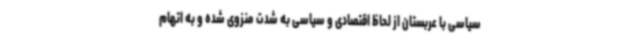
سیاسی با عربستان از لحاظ اقتصادی و سیاسی به شدت منزوی شده و به اتهام